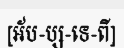
[អ័ប-ប្ស-ទេ-ពី]